38_143685_box7_Incident_Summaries_1-100
Agency: Department of War
Page 164
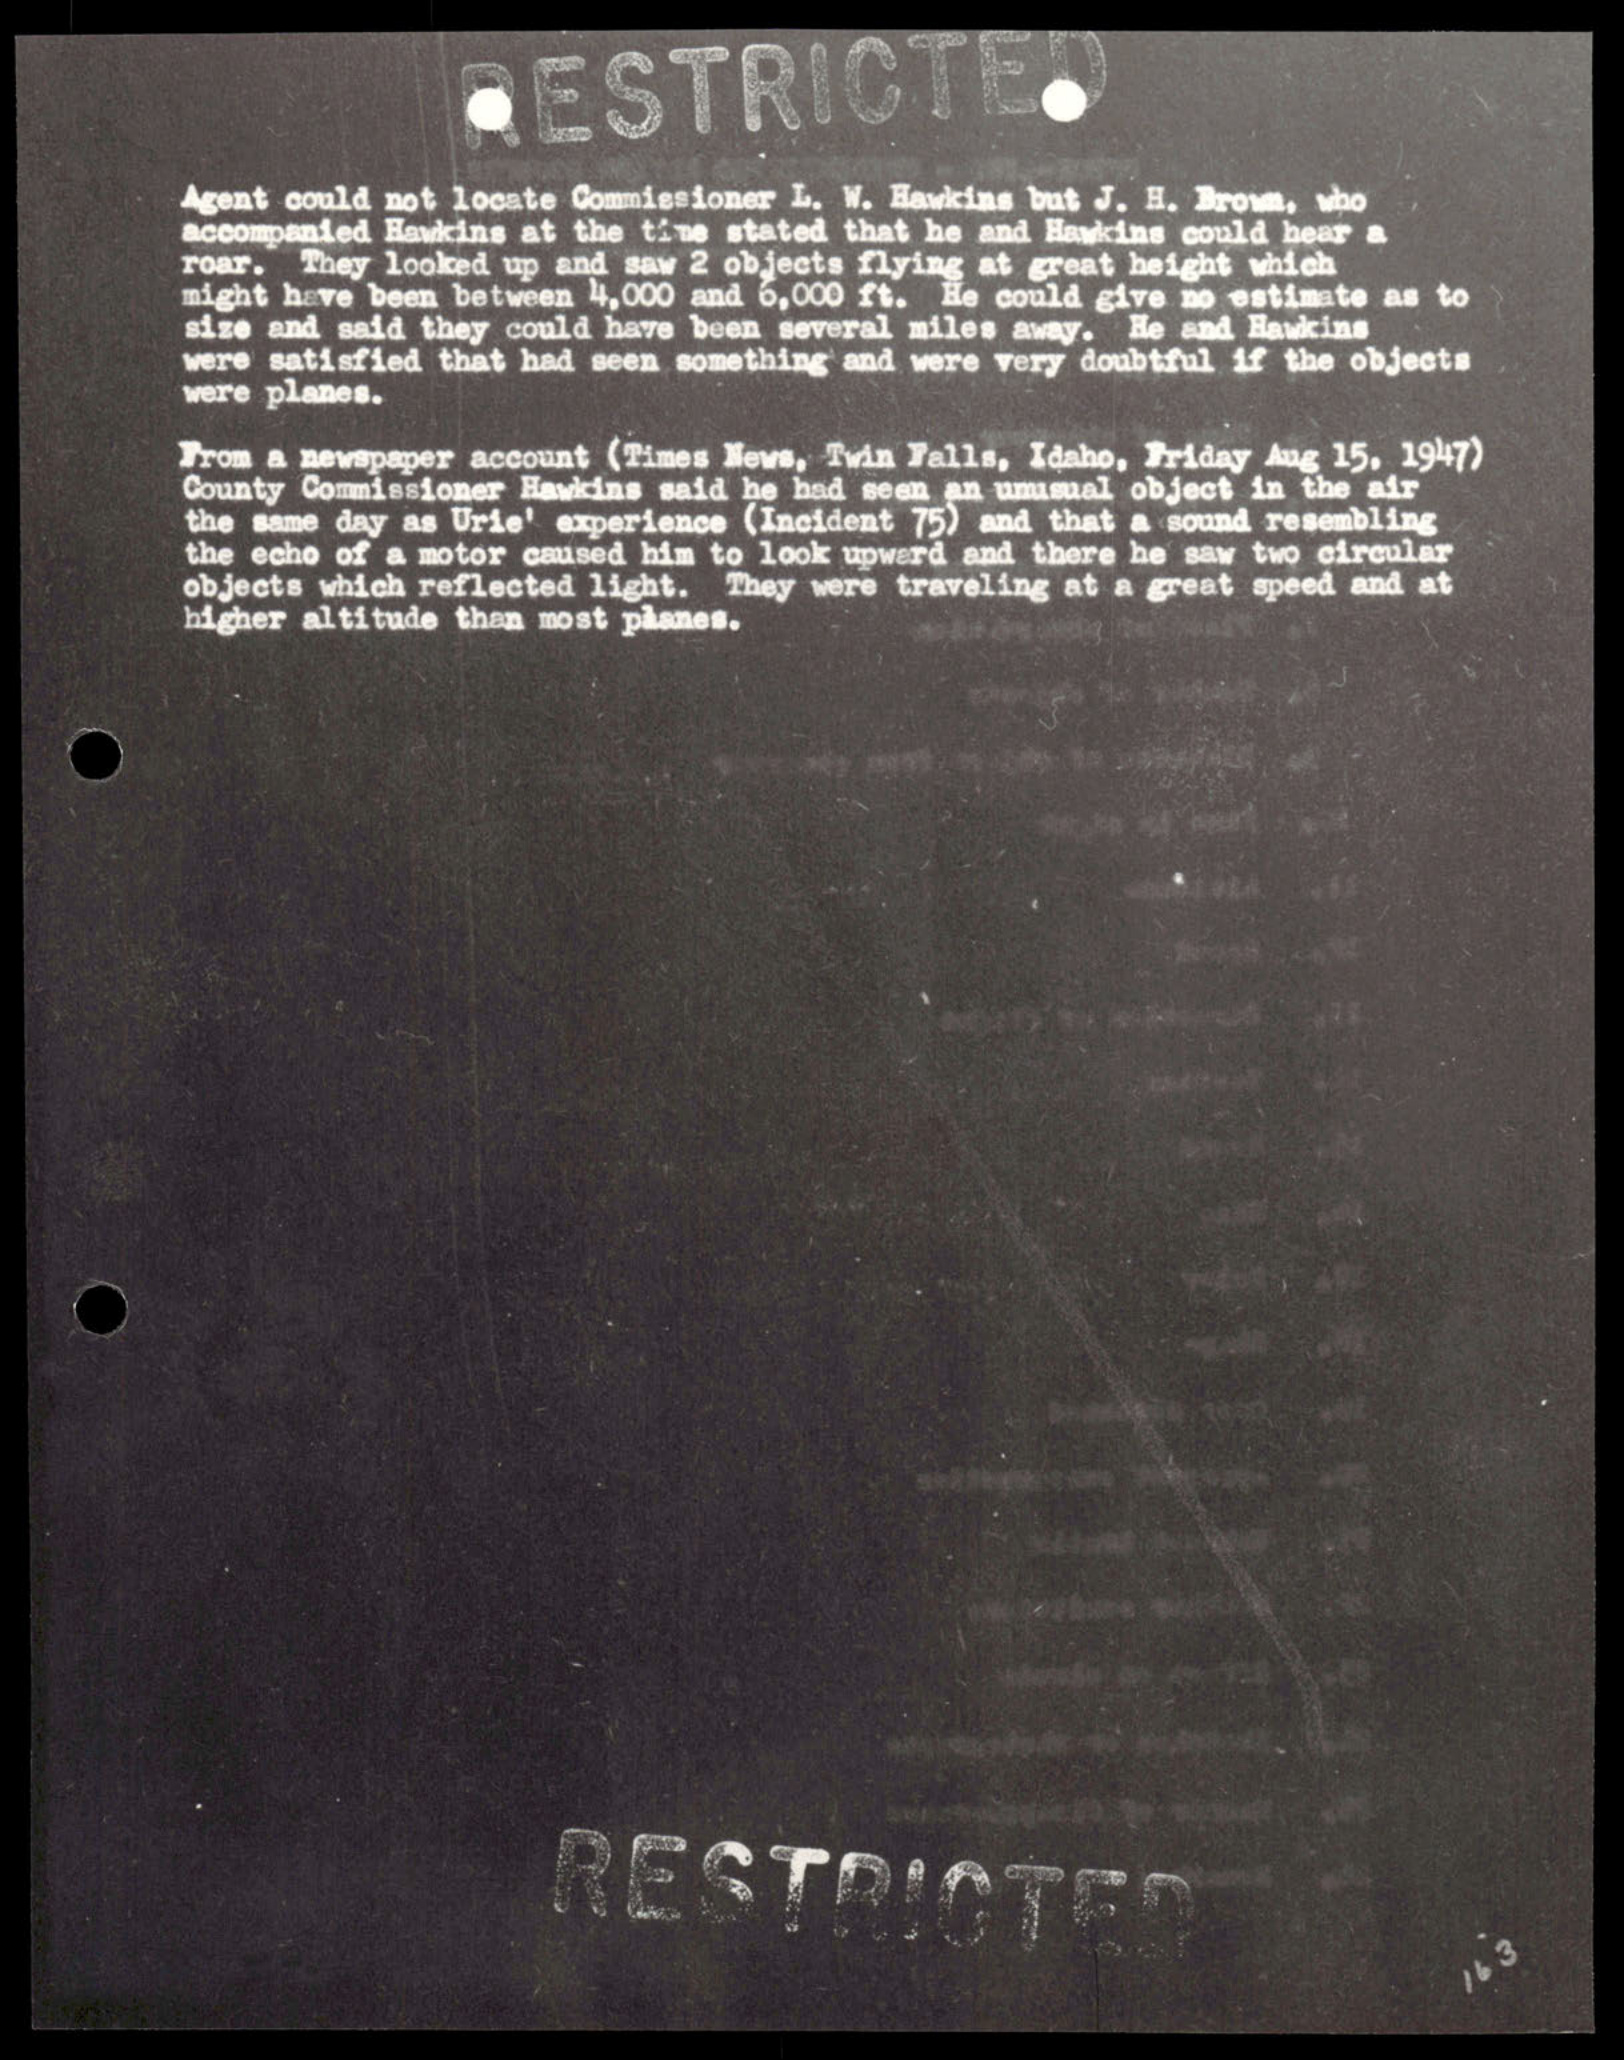